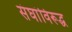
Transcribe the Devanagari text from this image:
संघांविरूद्ध